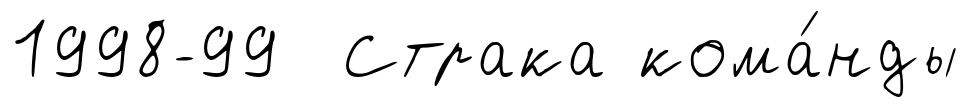
1998-99 Страка кома́нды